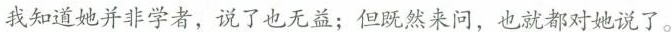
我知道她并非学者，说了也无益；但既然来问，也就都对她说了。